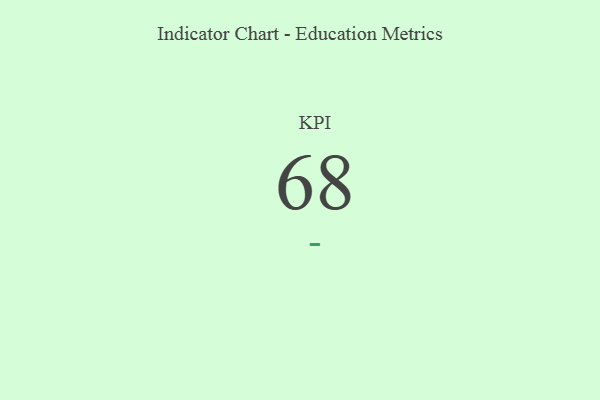
{"axis": {"x": "KPI", "y": "Value"}, "legend": [""], "data": [{"x": "KPI", "y": 68, "type": ""}]}